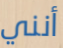
أنني